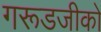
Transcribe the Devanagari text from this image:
गरूडजीको